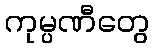
ကုမ္ပဏီတွေ